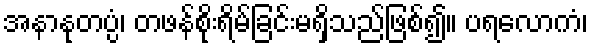
အနာနုတပ္ပံ၊ တဖန်စိုးရိမ်ခြင်းမရှိသည်ဖြစ်၍။ ပရလောကံ၊